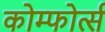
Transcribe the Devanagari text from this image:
कोम्फोर्त्स